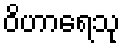
ဝိဟာရေသု